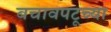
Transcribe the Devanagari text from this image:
बचावपटूच्या